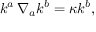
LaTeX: k ^ { a } \, \nabla _ { a } k ^ { b } = \kappa k ^ { b } ,